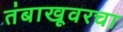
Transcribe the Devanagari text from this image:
तंबाखूवरचा